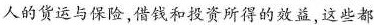
人的货运与保险，借钱和投资所得的效益，这些都